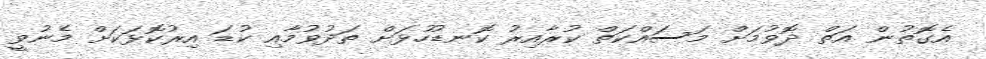
އެގޮތުން އަތް ދޮވުމަށް މަސައްކަތް ކުރާއިރު ކޮނޑުހުޅަށް ތަދުވުމާއި ކުޑަ އިރުކޮޅަކަށް މެނުވީ